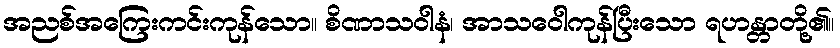
အညစ်အကြေးကင်းကုန်သော။ စိဏာသဝါနံ၊ အာသဝေါကုန်ပြီးသော ရဟန္တာတို့၏။